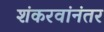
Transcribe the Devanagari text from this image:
शंकरवांनंतर